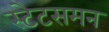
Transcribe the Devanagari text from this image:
स्टेटसमन